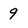
Character: 9